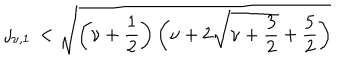
LaTeX: j _ { \nu , 1 } \, < \sqrt { \left( \nu + \frac 1 2 \right) \left( \nu + 2 \sqrt { \nu + \frac 3 2 } + \frac 5 2 \right) }